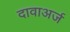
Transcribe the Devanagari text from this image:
दावाअर्ज